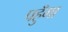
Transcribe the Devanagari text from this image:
पहुँगा